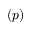
( p )